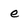
Character: e